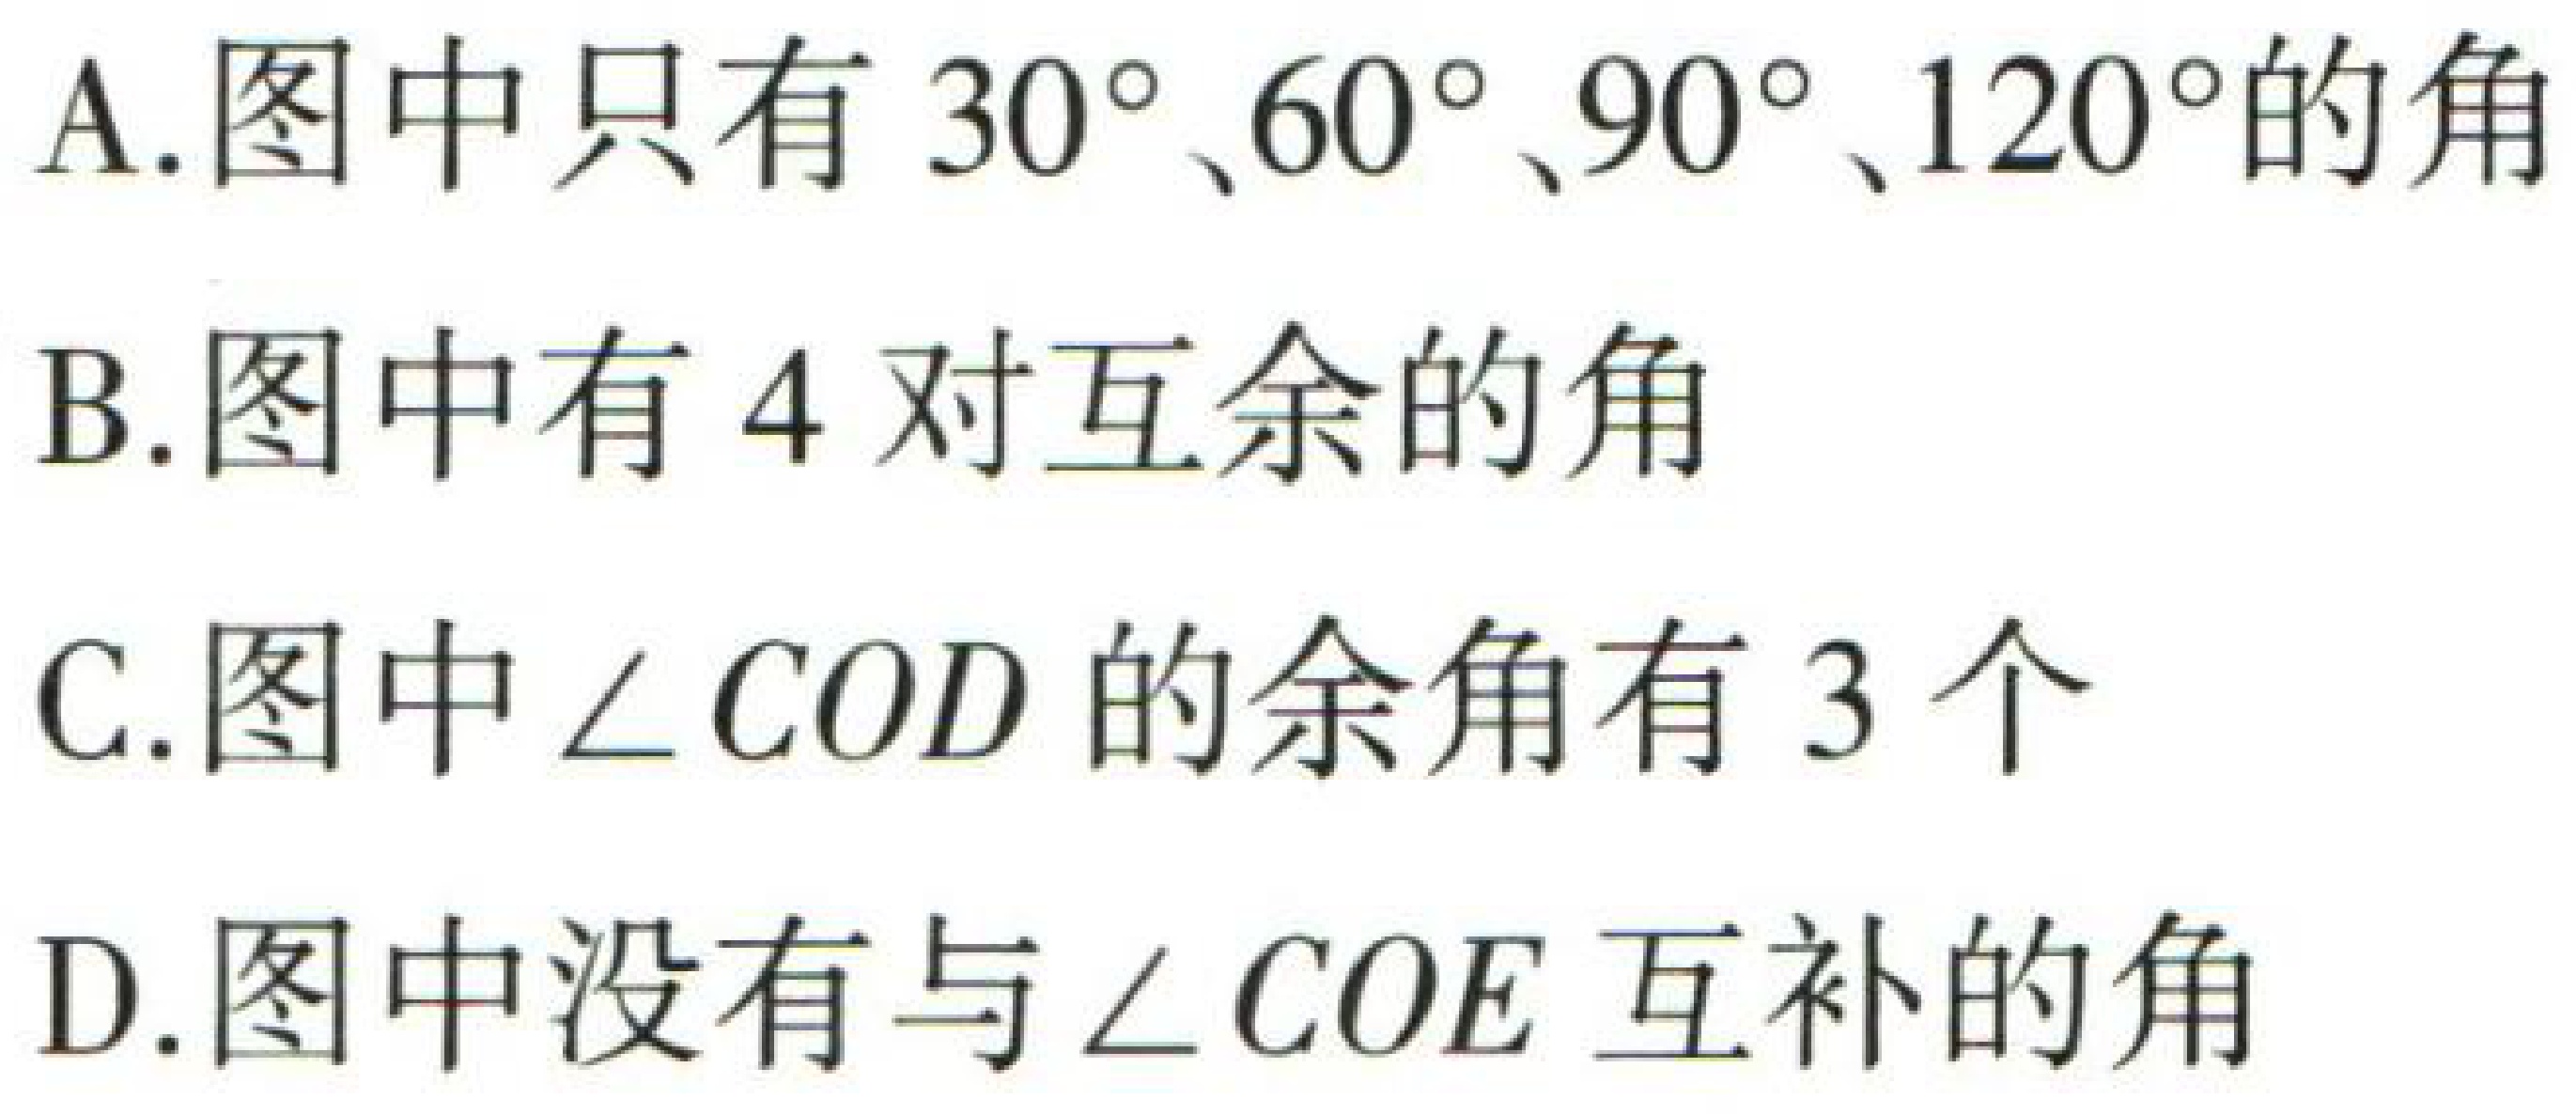
A.图中只有 \(30^{\circ}、60^{\circ}、90^{\circ}、120^{\circ}\)的角

B.图中有 \(4\)对互余的角

C.图中\(\angle COD\)的余角有 \(3\)个

D.图中没有与\(\angle COE\)互补的角